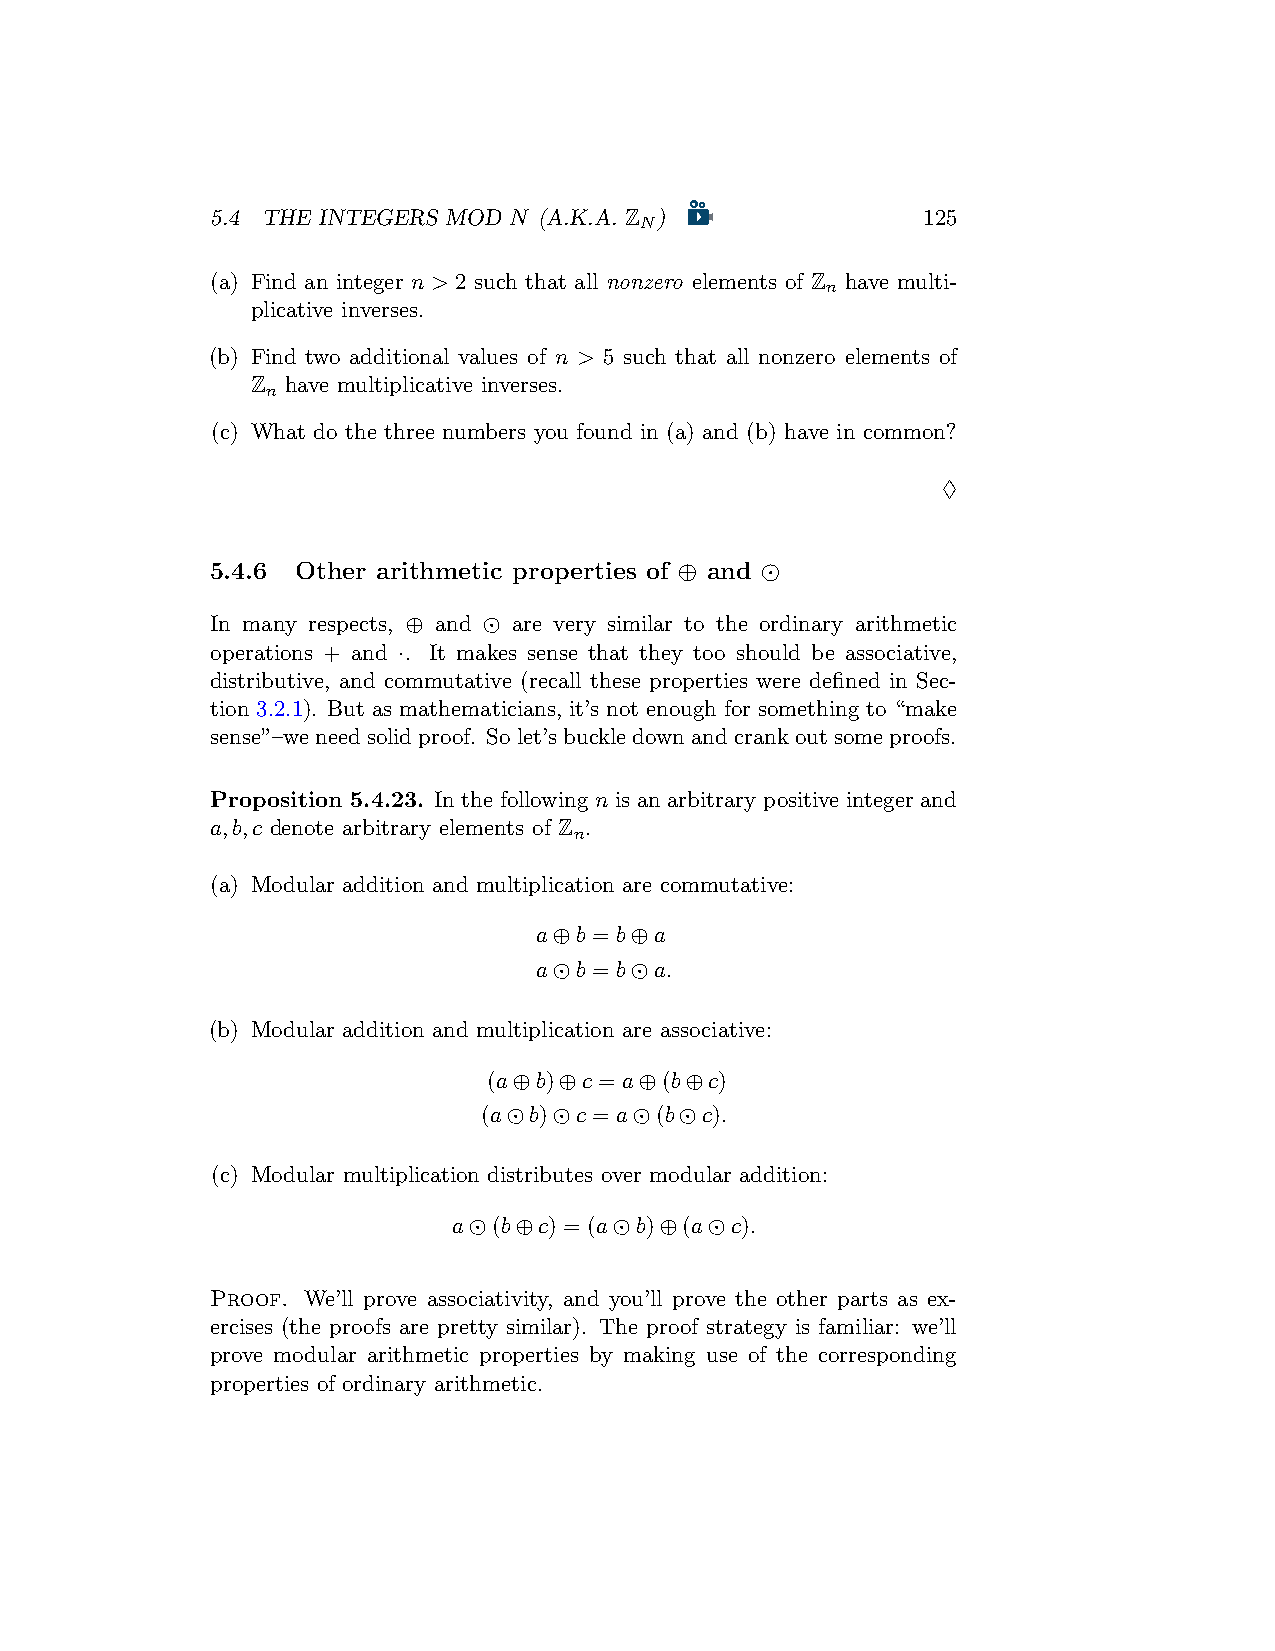
5.4 THE INTEGERS MOD N (A.K.A. Z )             125
 N
 (a) Find an integer n > 2 such that all nonzero elements of Z have multi-
 n
 plicative inverses.
 (b) Find two additional values of n > 5 such that all nonzero elements of
 Z have multiplicative inverses.
 n
 (c) What do the three numbers you found in (a) and (b) have in common?
 ♢
 5.4.6 Other arithmetic properties of ⊕ and ⊙
 In many respects, ⊕ and ⊙ are very similar to the ordinary arithmetic
 operations + and ·. It makes sense that they too should be associative,
 distributive, and commutative (recall these properties were defined in Sec-
 tion 3.2.1). But as mathematicians, it’s not enough for something to “make
 sense”–weneedsolidproof. Solet’sbuckledownandcrankoutsomeproofs.
 Proposition 5.4.23. In the following n is an arbitrary positive integer and
 a,b,c denote arbitrary elements of Z .
 n
 (a) Modular addition and multiplication are commutative:
 a⊕b = b⊕a
 a⊙b = b⊙a.
 (b) Modular addition and multiplication are associative:
 (a⊕b)⊕c = a⊕(b⊕c)
 (a⊙b)⊙c = a⊙(b⊙c).
 (c) Modular multiplication distributes over modular addition:
 a⊙(b⊕c) = (a⊙b)⊕(a⊙c).
 Proof. We’ll prove associativity, and you’ll prove the other parts as ex-
 ercises (the proofs are pretty similar). The proof strategy is familiar: we’ll
 prove modular arithmetic properties by making use of the corresponding
 properties of ordinary arithmetic.